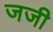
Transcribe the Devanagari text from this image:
जजी